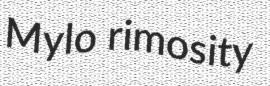
Mylo rimosity